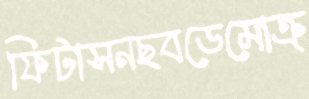
ফিটাসনছবডেমোক্র্